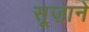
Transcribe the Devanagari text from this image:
सूज़ाने